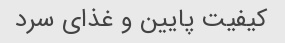
کیفیت پایین و غذای سرد